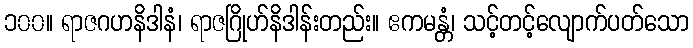
၁၀၀။ ရာဇဂဟနိဒါနံ၊ ရာဇဂြိုဟ်နိဒါန်းတည်း။ ဧကမန္တံ၊ သင့်တင့်လျောက်ပတ်သော